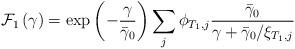
LaTeX: \begin{align*}{{\cal F}_1}\left( \gamma \right) = \exp \left( { - \frac{\gamma }{{{{\bar \gamma }_0}}}} \right)\sum\limits_{j } {{\phi _{T_1,j}}} \frac{{{{\bar \gamma }_0}}}{{\gamma + {{{{\bar \gamma }_0}} \mathord{\left/{\vphantom {{{{\bar \gamma }_0}} {{\xi_{{T_1},j}}}}} \right.\kern-\nulldelimiterspace} {{\xi_{{T_1},j}}}}}}\end{align*}